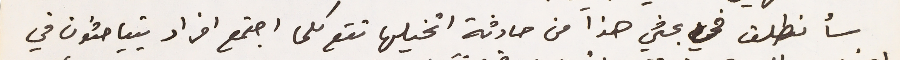
سأنطلق في بحثي هذا من حادثة اتخليها تقع كلما اجتمع افراد يتباحثون في